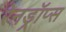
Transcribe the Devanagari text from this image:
रेनड्रॉप्स